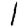
Digit: 1